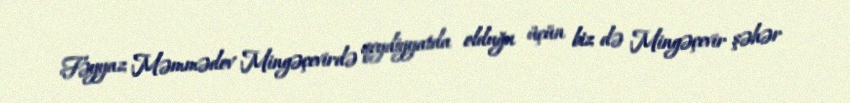
Fəyyaz Məmmədov Mingəçevirdə qeydiyyatda olduğu üçün biz də Mingəçevir şəhər